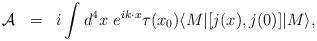
LaTeX: \begin{align*}\begin{array}{rcl}{\cal A}&=&\displaystyle i\int d^4x~e^{ik\cdot x}\tau(x_0)\langle M|[j(x),j(0)]|M\rangle,\end{array}\end{align*}